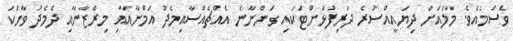
ވެސްމެއެވެ. މާލެއަށް ދިޔައީއްސުރެ ދަރިފުޅަށްޓަކައި ގަންނާނެ އެއްޗެއްސާއިމެދު އަމްނާއާއި މިރްޒާނާއި ދެމެދު ވާހަކަ